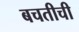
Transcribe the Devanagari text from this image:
बचतीची